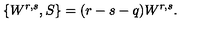
\{ W ^ { r , s } , S \} = ( r - s - q ) W ^ { r , s } .